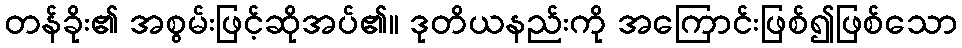
တန်ခိုး၏ အစွမ်းဖြင့်ဆိုအပ်၏။ ဒုတိယနည်းကို အကြောင်းဖြစ်၍ဖြစ်သော